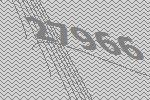
27966